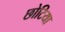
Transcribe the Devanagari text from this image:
छोटिया